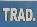
trad.